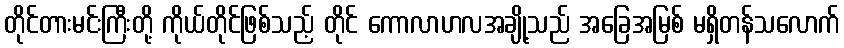
တိုင်တားမင်းကြီးတို့ ကိုယ်တိုင်ဖြစ်သည့် တိုင် ကောလာဟလအချို့သည် အခြေအမြစ် မရှိတန်သလောက်